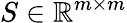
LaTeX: S\in\mathbb{R}^{m\times m}